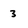
Character: 3